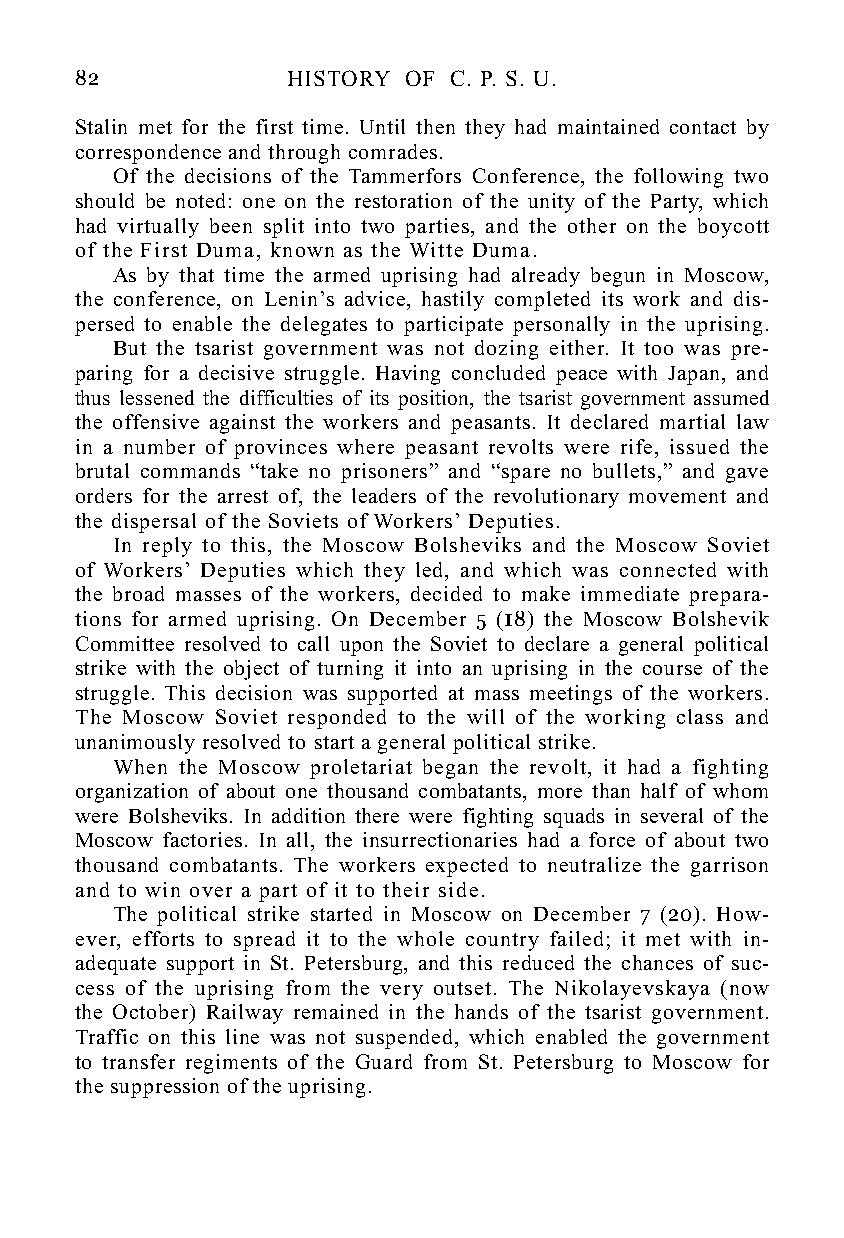
82            HISTORY OF C. P. S. U.
 Stalin met for the first time. Until then they had maintained contact by
 correspondence and through comrades.
 Of the decisions of the Tammerfors Conference, the following two
 should be noted: one on the restoration of the unity of the Party, which
 had virtually been split into two parties, and the other on the boycott
 of the First Duma, known as the Witte Duma.
 As by that time the armed uprising had already begun in Moscow,
 the conference, on Lenin’s advice, hastily completed its work and dis-
 persed to enable the delegates to participate personally in the uprising.
 But the tsarist government was not dozing either. It too was pre-
 paring for a decisive struggle. Having concluded peace with Japan, and
 thus lessened the difficulties of its position, the tsarist government assumed
 the offensive against the workers and peasants. It declared martial law
 in a number of provinces where peasant revolts were rife, issued the
 brutal commands “take no prisoners” and “spare no bullets,” and gave
 orders for the arrest of, the leaders of the revolutionary movement and
 the dispersal of the Soviets of Workers’ Deputies.
 In reply to this, the Moscow Bolsheviks and the Moscow Soviet
 of Workers’ Deputies which they led, and which was connected with
 the broad masses of the workers, decided to make immediate prepara-
 tions for armed uprising. On December 5 (18) the Moscow Bolshevik
 Committee resolved to call upon the Soviet to declare a general political
 strike with the object of turning it into an uprising in the course of the
 struggle. This decision was supported at mass meetings of the workers.
 The Moscow Soviet responded to the will of the working class and
 unanimously resolved to start a general political strike.
 When the Moscow proletariat began the revolt, it had a fighting
 organization of about one thousand combatants, more than half of whom
 were Bolsheviks. In addition there were fighting squads in several of the
 Moscow factories. In all, the insurrectionaries had a force of about two
 thousand combatants. The workers expected to neutralize the garrison
 and to win over a part of it to their side.
 The political strike started in Moscow on December 7 (20). How-
 ever, efforts to spread it to the whole country failed; it met with in-
 adequate support in St. Petersburg, and this reduced the chances of suc-
 cess of the uprising from the very outset. The Nikolayevskaya (now
 the October) Railway remained in the hands of the tsarist government.
 Traffic on this line was not suspended, which enabled the government
 to transfer regiments of the Guard from St. Petersburg to Moscow for
 the suppression of the uprising.